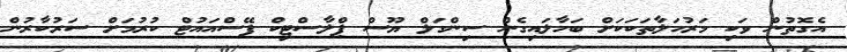
އެގޮތުން ވަކި މަރުހަލާތަކަކަށް ބަހާލައިގެން ސިންގަލް ޔޫސް ޕްލާސްޓިކް ފޭސްއައުޓް ކުރުމަށް ސަރުކާރުން